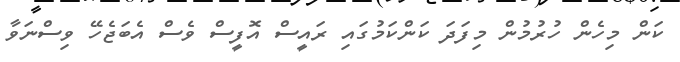
ކަން މިހެން ހުުރުމުން މިފަދަ ކަންކަމުގައި ރައީސް އޮފީސް ވެސް އެބަޖެހޭ ވިސްނަވާ